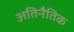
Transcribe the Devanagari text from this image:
अतिनैतिक